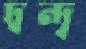
দ্বন্দ্ব